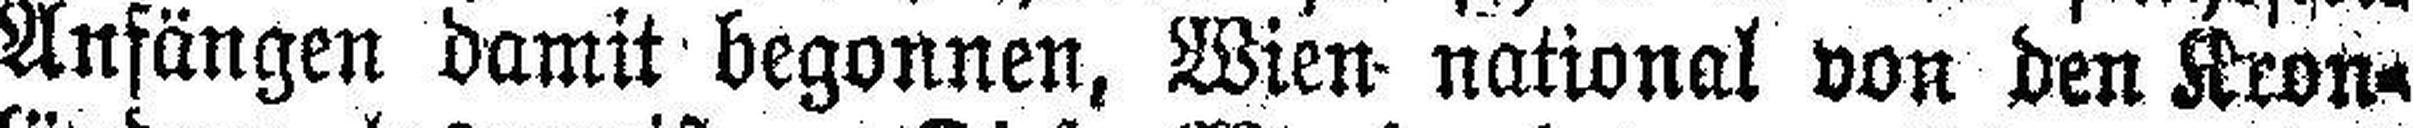
Anfängen damit begonnen, Wien national von den Kron¬